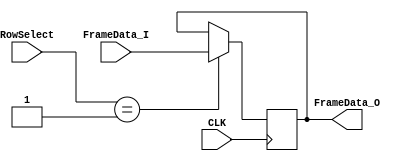
// SPDX-FileCopyrightText: 2020 Nguyen Dao
//
// Licensed under the Apache License, Version 2.0 (the "License");
// you may not use this file except in compliance with the License.
// You may obtain a copy of the License at
//
//      http://www.apache.org/licenses/LICENSE-2.0
//
// Unless required by applicable law or agreed to in writing, software
// distributed under the License is distributed on an "AS IS" BASIS,
// WITHOUT WARRANTIES OR CONDITIONS OF ANY KIND, either express or implied.
// See the License for the specific language governing permissions and
// limitations under the License.
// SPDX-License-Identifier: Apache-2.0


module Frame_Data_Reg_0 (FrameData_I, FrameData_O, RowSelect, CLK);
	parameter FrameBitsPerRow = 32;
	parameter RowSelectWidth = 5;
	parameter Row = 1;
	input [FrameBitsPerRow-1:0] FrameData_I;
	output reg [FrameBitsPerRow-1:0] FrameData_O;
	input [RowSelectWidth-1:0] RowSelect;
	input CLK;
	
	always @ (posedge CLK) begin
		if (RowSelect==Row)
			FrameData_O <= FrameData_I;
	end//CLK
endmodule

module Frame_Data_Reg_1 (FrameData_I, FrameData_O, RowSelect, CLK);
	parameter FrameBitsPerRow = 32;
	parameter RowSelectWidth = 5;
	parameter Row = 2;
	input [FrameBitsPerRow-1:0] FrameData_I;
	output reg [FrameBitsPerRow-1:0] FrameData_O;
	input [RowSelectWidth-1:0] RowSelect;
	input CLK;
	
	always @ (posedge CLK) begin
		if (RowSelect==Row)
			FrameData_O <= FrameData_I;
	end//CLK
endmodule

module Frame_Data_Reg_2 (FrameData_I, FrameData_O, RowSelect, CLK);
	parameter FrameBitsPerRow = 32;
	parameter RowSelectWidth = 5;
	parameter Row = 3;
	input [FrameBitsPerRow-1:0] FrameData_I;
	output reg [FrameBitsPerRow-1:0] FrameData_O;
	input [RowSelectWidth-1:0] RowSelect;
	input CLK;
	
	always @ (posedge CLK) begin
		if (RowSelect==Row)
			FrameData_O <= FrameData_I;
	end//CLK
endmodule

module Frame_Data_Reg_3 (FrameData_I, FrameData_O, RowSelect, CLK);
	parameter FrameBitsPerRow = 32;
	parameter RowSelectWidth = 5;
	parameter Row = 4;
	input [FrameBitsPerRow-1:0] FrameData_I;
	output reg [FrameBitsPerRow-1:0] FrameData_O;
	input [RowSelectWidth-1:0] RowSelect;
	input CLK;
	
	always @ (posedge CLK) begin
		if (RowSelect==Row)
			FrameData_O <= FrameData_I;
	end//CLK
endmodule

module Frame_Data_Reg_4 (FrameData_I, FrameData_O, RowSelect, CLK);
	parameter FrameBitsPerRow = 32;
	parameter RowSelectWidth = 5;
	parameter Row = 5;
	input [FrameBitsPerRow-1:0] FrameData_I;
	output reg [FrameBitsPerRow-1:0] FrameData_O;
	input [RowSelectWidth-1:0] RowSelect;
	input CLK;
	
	always @ (posedge CLK) begin
		if (RowSelect==Row)
			FrameData_O <= FrameData_I;
	end//CLK
endmodule

module Frame_Data_Reg_5 (FrameData_I, FrameData_O, RowSelect, CLK);
	parameter FrameBitsPerRow = 32;
	parameter RowSelectWidth = 5;
	parameter Row = 6;
	input [FrameBitsPerRow-1:0] FrameData_I;
	output reg [FrameBitsPerRow-1:0] FrameData_O;
	input [RowSelectWidth-1:0] RowSelect;
	input CLK;
	
	always @ (posedge CLK) begin
		if (RowSelect==Row)
			FrameData_O <= FrameData_I;
	end//CLK
endmodule

module Frame_Data_Reg_6 (FrameData_I, FrameData_O, RowSelect, CLK);
	parameter FrameBitsPerRow = 32;
	parameter RowSelectWidth = 5;
	parameter Row = 7;
	input [FrameBitsPerRow-1:0] FrameData_I;
	output reg [FrameBitsPerRow-1:0] FrameData_O;
	input [RowSelectWidth-1:0] RowSelect;
	input CLK;
	
	always @ (posedge CLK) begin
		if (RowSelect==Row)
			FrameData_O <= FrameData_I;
	end//CLK
endmodule

module Frame_Data_Reg_7 (FrameData_I, FrameData_O, RowSelect, CLK);
	parameter FrameBitsPerRow = 32;
	parameter RowSelectWidth = 5;
	parameter Row = 8;
	input [FrameBitsPerRow-1:0] FrameData_I;
	output reg [FrameBitsPerRow-1:0] FrameData_O;
	input [RowSelectWidth-1:0] RowSelect;
	input CLK;
	
	always @ (posedge CLK) begin
		if (RowSelect==Row)
			FrameData_O <= FrameData_I;
	end//CLK
endmodule

module Frame_Data_Reg_8 (FrameData_I, FrameData_O, RowSelect, CLK);
	parameter FrameBitsPerRow = 32;
	parameter RowSelectWidth = 5;
	parameter Row = 9;
	input [FrameBitsPerRow-1:0] FrameData_I;
	output reg [FrameBitsPerRow-1:0] FrameData_O;
	input [RowSelectWidth-1:0] RowSelect;
	input CLK;
	
	always @ (posedge CLK) begin
		if (RowSelect==Row)
			FrameData_O <= FrameData_I;
	end//CLK
endmodule

module Frame_Data_Reg_9 (FrameData_I, FrameData_O, RowSelect, CLK);
	parameter FrameBitsPerRow = 32;
	parameter RowSelectWidth = 5;
	parameter Row = 10;
	input [FrameBitsPerRow-1:0] FrameData_I;
	output reg [FrameBitsPerRow-1:0] FrameData_O;
	input [RowSelectWidth-1:0] RowSelect;
	input CLK;
	
	always @ (posedge CLK) begin
		if (RowSelect==Row)
			FrameData_O <= FrameData_I;
	end//CLK
endmodule